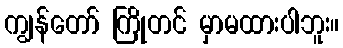
ကျွန်တော် ကြိုတင် မှာမထားပါဘူး။